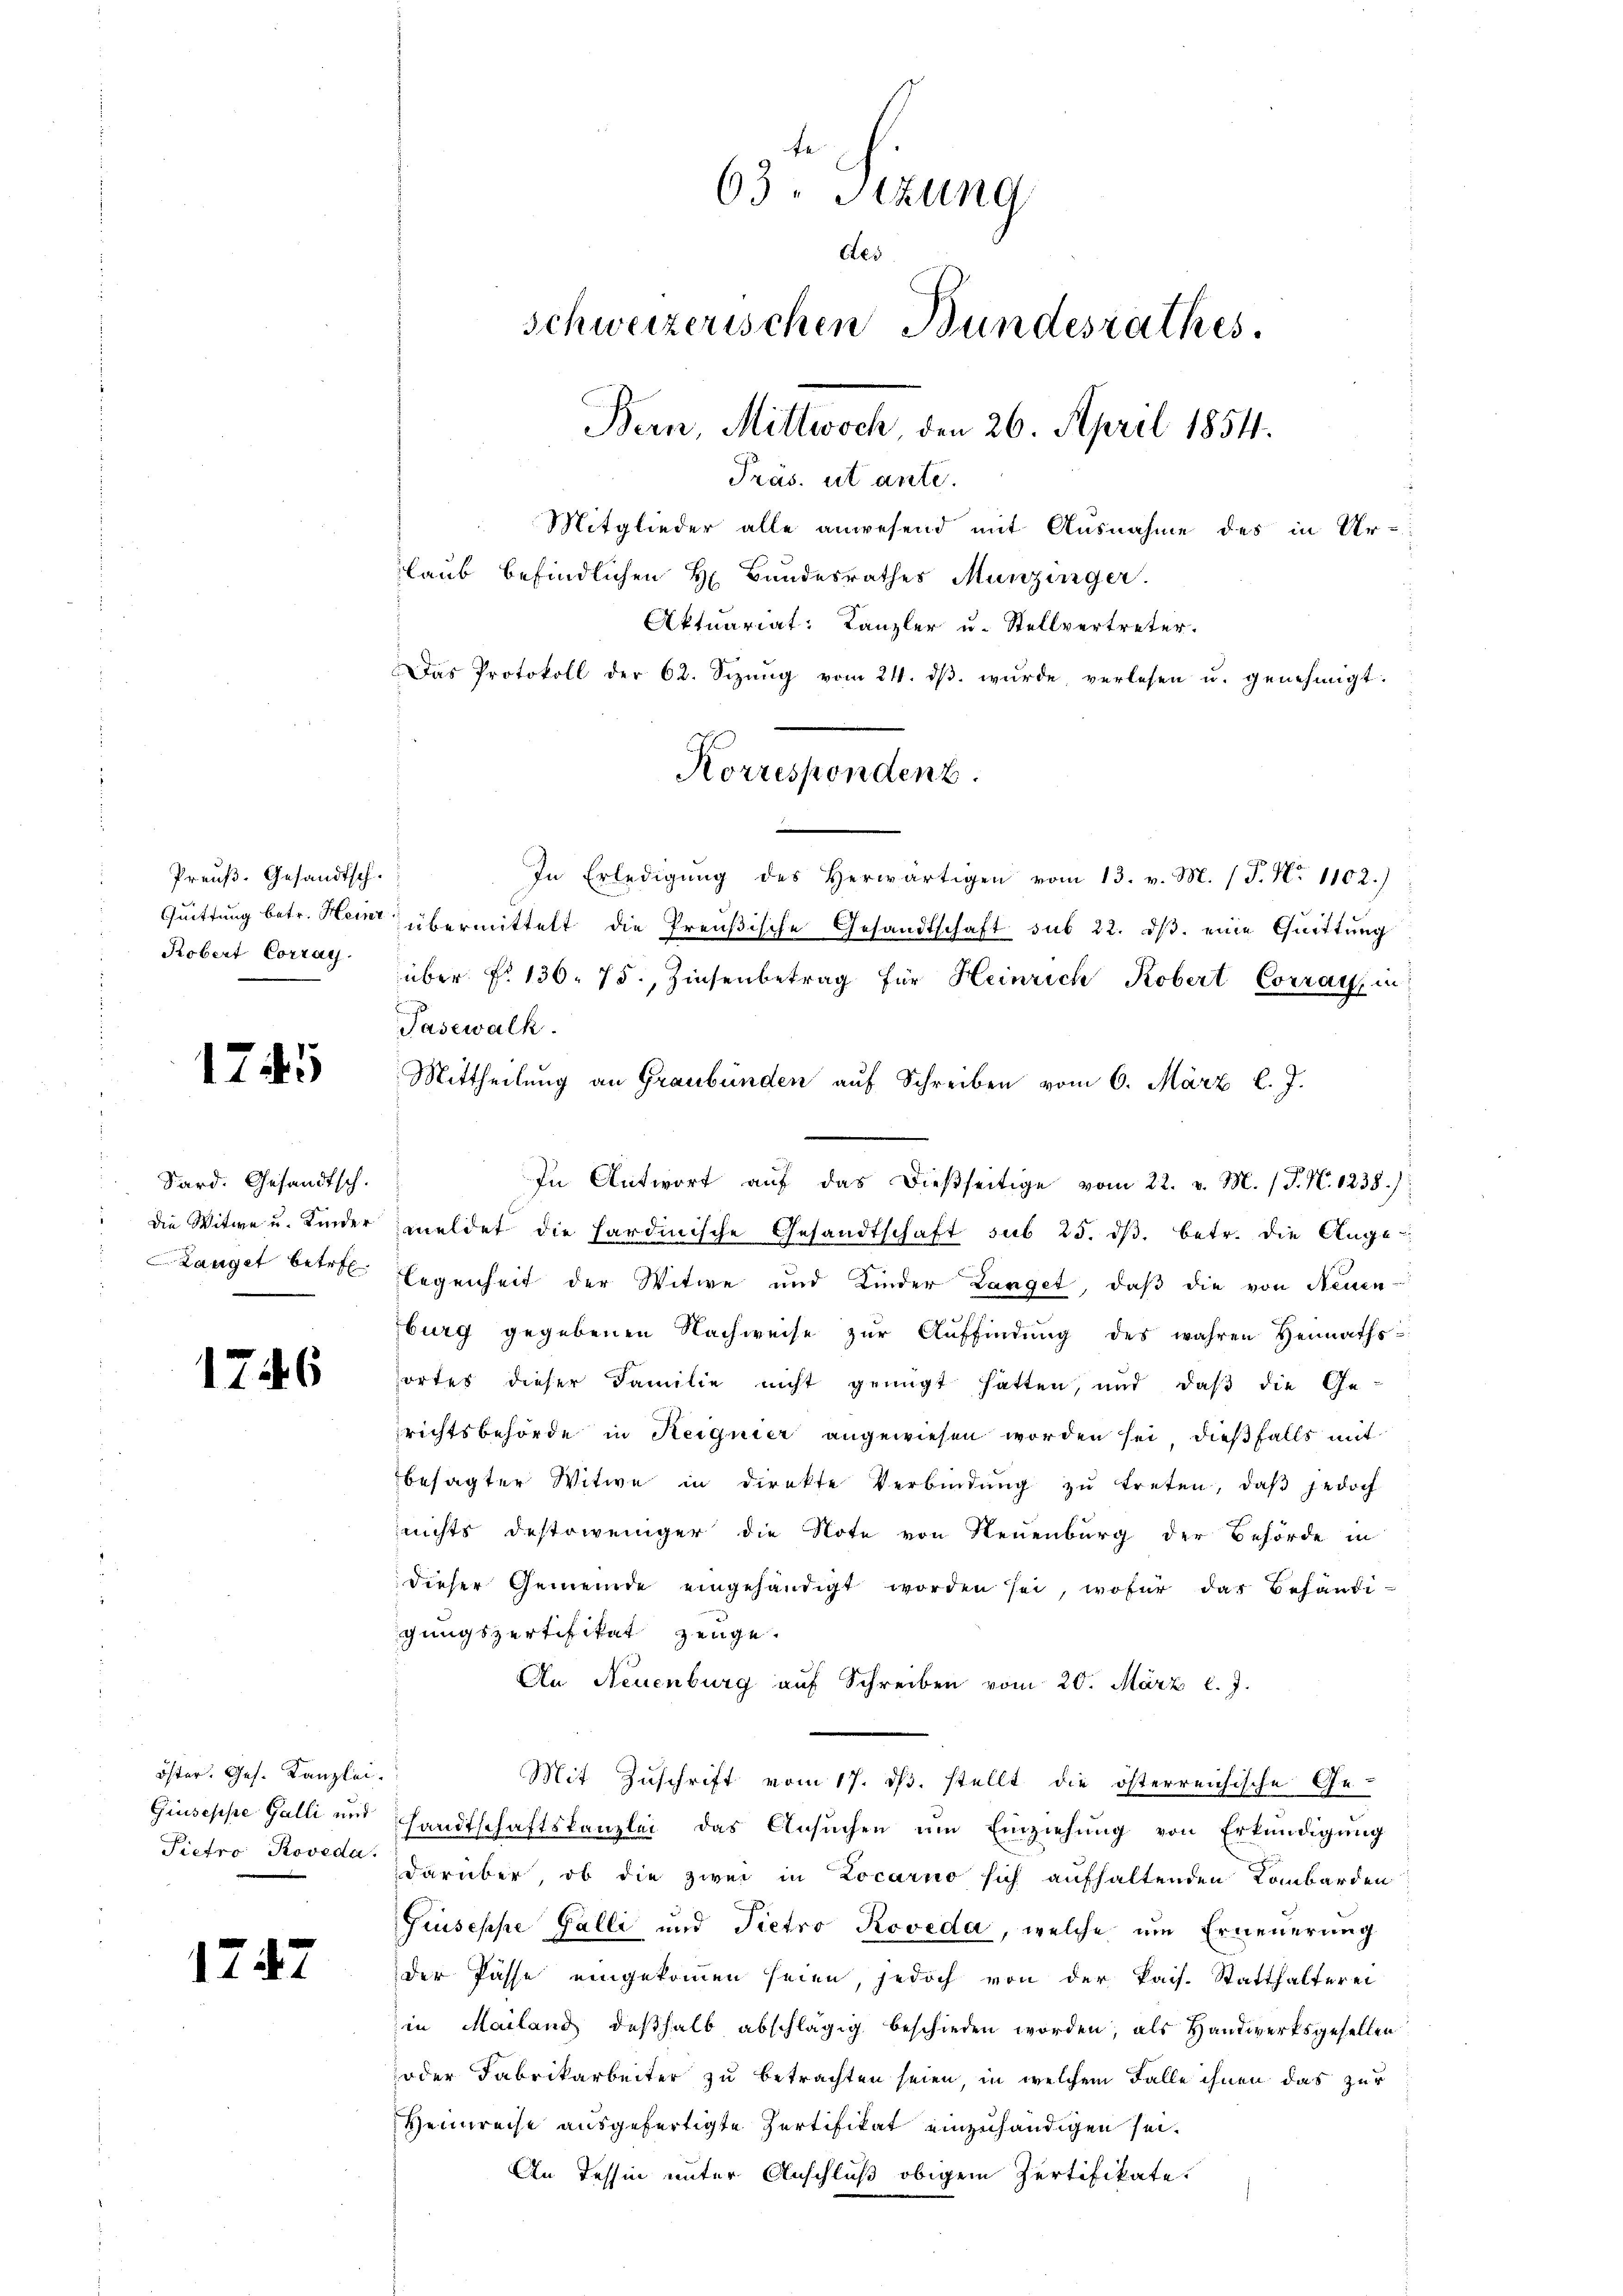
Preuß. Gesandtsch.
Quittung betr. Heinr
Robert Corray

1745

Sard. Gesandtsch.
Die Witwe u. Kinder
Langet betr.

1746

öster. Ges. Kanzlei.
Giuseppe Galli und
Pietro Proveda

1747

63. Sitzung
Aes
schweizerischen Bundesrathes.
Bern, Mittwoch, den 26. April 1854.
Pras. ut ante.
Mitglieder alle anwesend mit Ausnahme des in Ur-
laub befindlichen H. Bundesrathes Munzinger.
Aktuariat: Kanzler u. Stellvertreter.
Das Protokoll der 62. Sizŭng vom 24. dβ. wŭrde, verlesen u. genehmigt.

In Erledigung des Herwärtigen vom 13. v. M. (T. No 1102.)
übermittelt die Preußische Gesandtschaft sub 22. ds. eine Quittung
über No 136. 75, Zinsenbetrag für Heinrich Kobert Corray, in
Pasewalk.
Mittheilung an Graubünden auf Schreiben vom 6. März l. J.
In Antwort aŭf das dießseitige vom 22. v. M. (T. N. 1238)
meldet die hardinische Gesandtschaft sub 25. dβ. betr. die Auge
legenheit der Witwe und Kinder Langet, daβ die von Neuen-
burg gegebenen Nachweise zur Auffindung des wahren Heimaths-
sortes dieser Familie nicht genügt hatten, und daß die Ge-
richtsbehörde in Reignier angewiesen worden sei, dießfalls mit
besagter Witwe in direkte Verbindung zu treten, daß jedoch
nichts destoweniger die Note von Neuenburg der Behörde in
dieser Gemeinde eingehändigt worden sei, wofür dar behändigungspertifikat zeuge.
An Neuenburg auf Schreiben vom 20. März l. J.
Mit Zuschrift vom 17. ds. stellt die österreichische Ge-
sandtschaftskanzlei das Ansuchen um Einziehung von Erkundigung
darüber, ob die zwei in Locarno sich aufhaltenden Kombarden
Giuseppe Galli und Pietro Roveda, welche um Erneuerung
der Pässe eingekommen seien, jedoch von der kais. Statthalterei
in Mailand deßhalb abschlägig beschieden worden, als Handwerksgesellen
oder Fabrikarbeiter zu betrachten seien, in welchem Falle ihnen das zur
Heinreise ausgefertigte Zertifikat einzuhändigen sei.
An Tessin unter Anschluß obigem Zertifikate.

Korrespondenz.